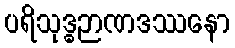
ပရိသုဒ္ဓဉာဏဒဿနော